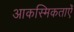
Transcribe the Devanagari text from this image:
आकस्मिकताएँ